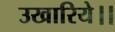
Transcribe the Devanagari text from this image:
उखारिये।।